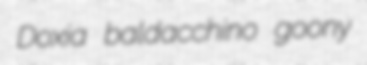
Doxia baldacchino goony